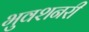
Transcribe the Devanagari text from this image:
भुवशनरी